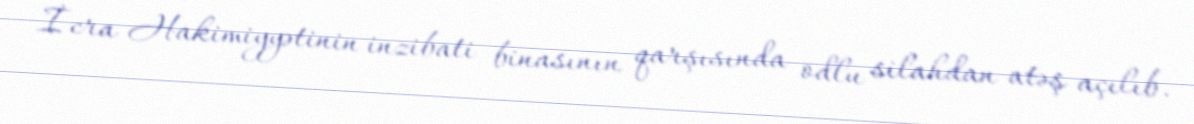
İcra Hakimiyyətinin inzibati binasının qarşısında odlu silahdan atəş açılıb.